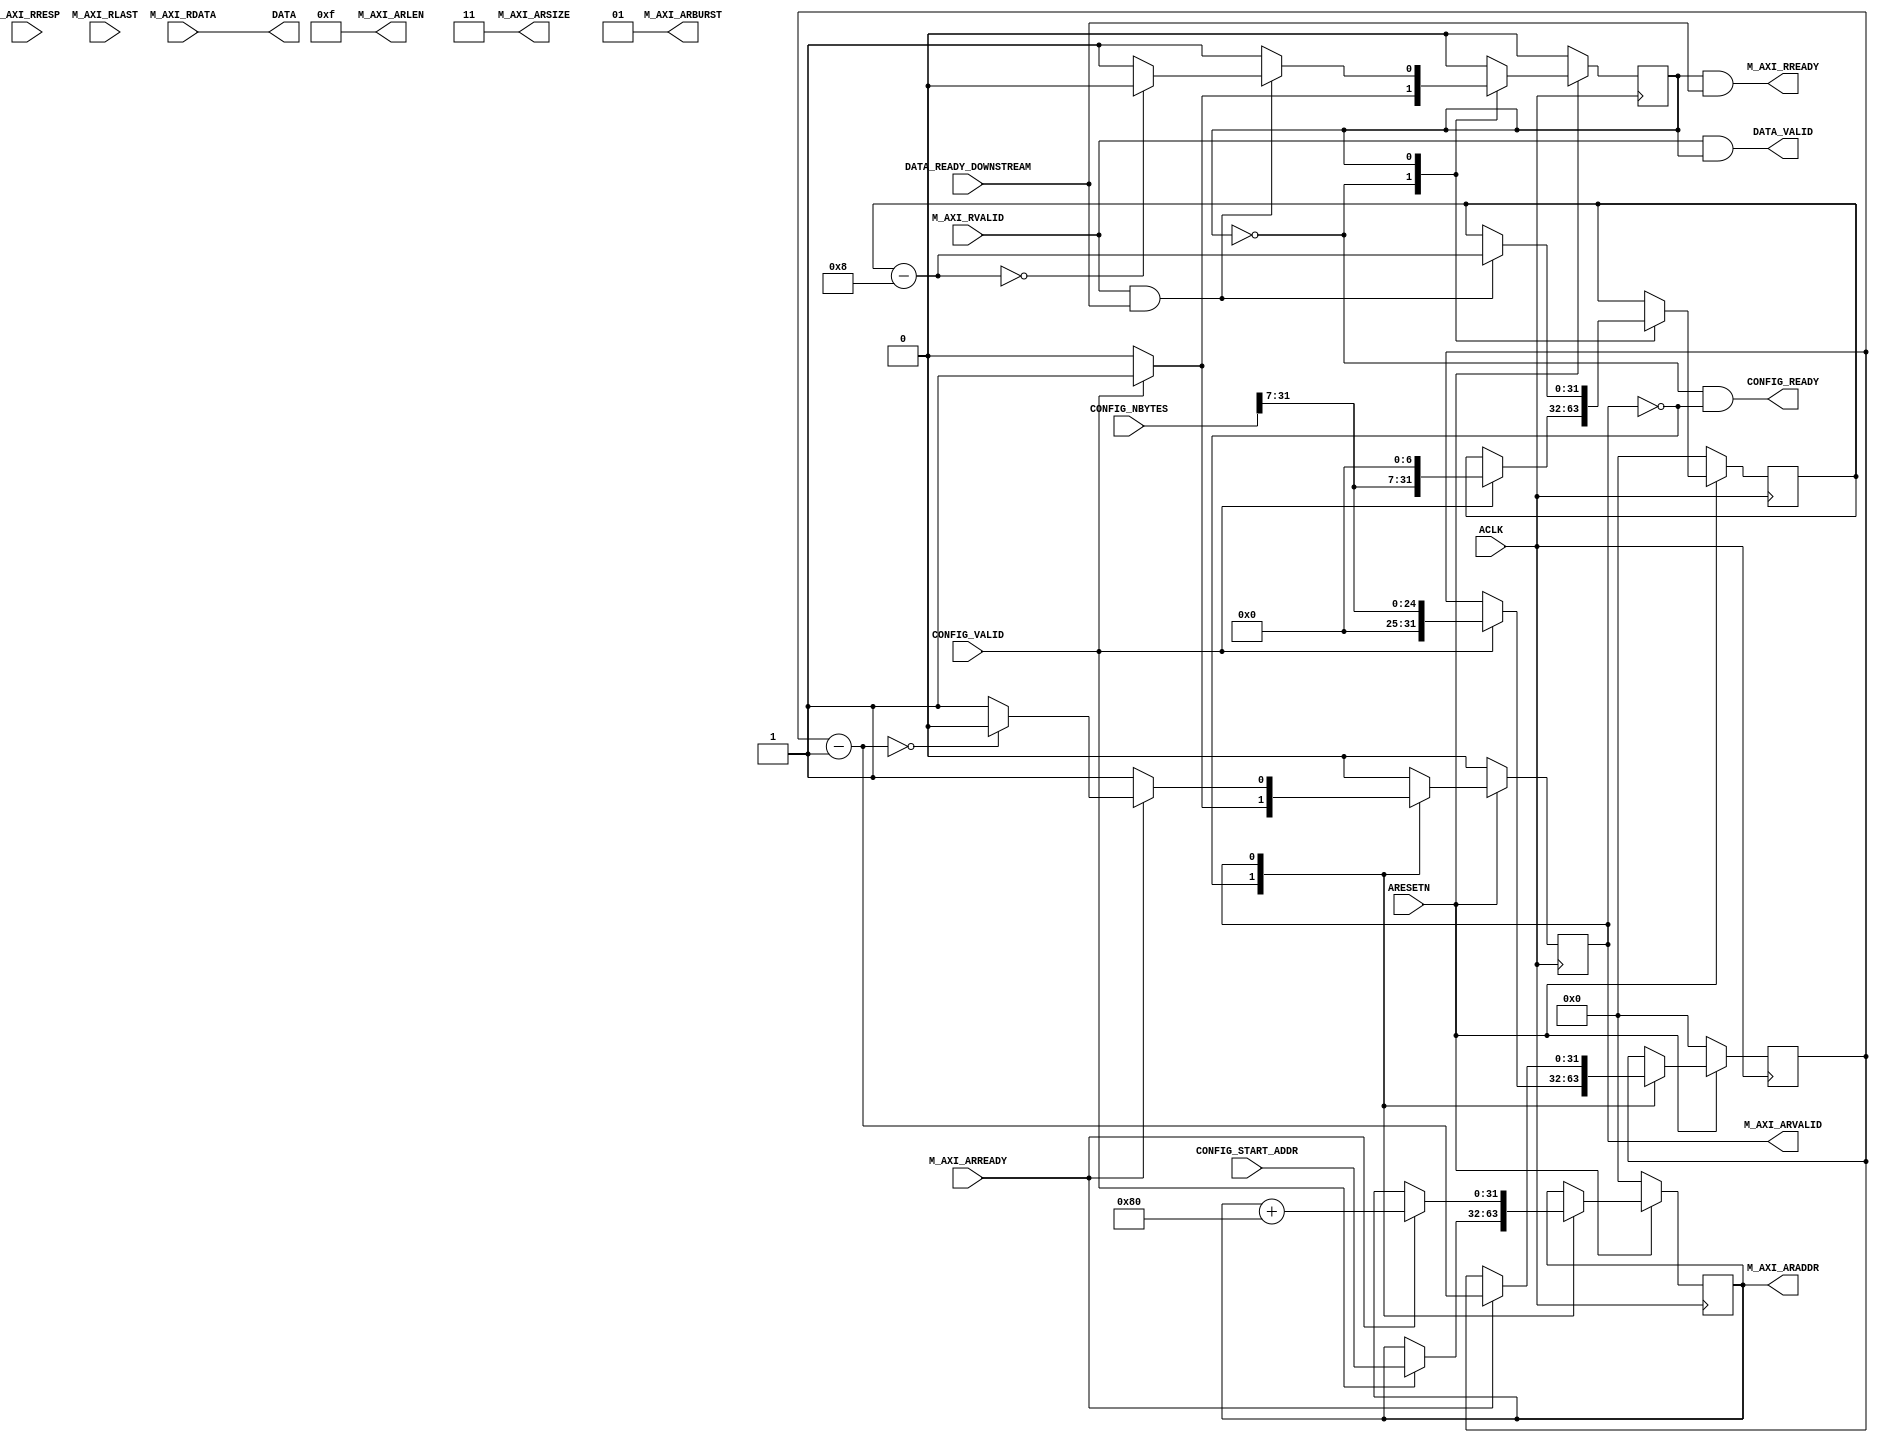
module DRAMReader(
    //AXI port
    input wire ACLK,
    input wire ARESETN,
    output reg [31:0] M_AXI_ARADDR,
    input wire M_AXI_ARREADY,
    output wire  M_AXI_ARVALID,
    input wire [63:0] M_AXI_RDATA,
    output wire M_AXI_RREADY,
    input wire [1:0] M_AXI_RRESP,
    input wire M_AXI_RVALID,
    input wire M_AXI_RLAST,
    output wire [3:0] M_AXI_ARLEN,
    output wire [1:0] M_AXI_ARSIZE,
    output wire [1:0] M_AXI_ARBURST,
    
    //Control config
    input wire CONFIG_VALID,
    output wire CONFIG_READY,
    input wire [31:0] CONFIG_START_ADDR,
    input wire [31:0] CONFIG_NBYTES,
    
    //RAM port
    input wire DATA_READY_DOWNSTREAM,
    output wire DATA_VALID,
    output wire [63:0] DATA
);

assign M_AXI_ARLEN = 4'b1111;
assign M_AXI_ARSIZE = 2'b11;
assign M_AXI_ARBURST = 2'b01;
parameter IDLE = 0, RWAIT = 1;
    
//ADDR logic
reg [31:0] a_count;
reg a_state;  
assign M_AXI_ARVALID = (a_state == RWAIT);
always @(posedge ACLK) begin
    if (ARESETN == 0) begin
        a_state <= IDLE;
        M_AXI_ARADDR <= 0;
        a_count <= 0;
    end else case(a_state)
        IDLE: begin
            if(CONFIG_VALID) begin
                M_AXI_ARADDR <= CONFIG_START_ADDR;
                a_count <= CONFIG_NBYTES[31:7];
                a_state <= RWAIT;
            end
        end
        RWAIT: begin
            if (M_AXI_ARREADY == 1) begin
                if(a_count - 1 == 0)
                    a_state <= IDLE;
                a_count <= a_count - 1;
                M_AXI_ARADDR <= M_AXI_ARADDR + 128; // Bursts are 128 bytes long
            end
        end
    endcase
end
    
//READ logic
reg [31:0] b_count;
reg r_state;
assign M_AXI_RREADY = (r_state == RWAIT) && DATA_READY_DOWNSTREAM;
always @(posedge ACLK) begin
    if (ARESETN == 0) begin
        r_state <= IDLE;
        b_count <= 0;
    end else case(r_state)
        IDLE: begin
            if(CONFIG_VALID) begin
                b_count <= {CONFIG_NBYTES[31:7],7'b0}; // round to nearest 128 bytes
                r_state <= RWAIT;
            end
        end
        RWAIT: begin
            if (M_AXI_RVALID && DATA_READY_DOWNSTREAM) begin
                //use M_AXI_RDATA
                if(b_count - 8 == 0)
                    r_state <= IDLE;
                b_count <= b_count - 8; // each valid cycle the bus provides 8 bytes
            end
        end
    endcase
end

assign DATA = M_AXI_RDATA;
assign DATA_VALID = M_AXI_RVALID && (r_state == RWAIT);
assign CONFIG_READY = (r_state == IDLE) && (a_state == IDLE);

endmodule